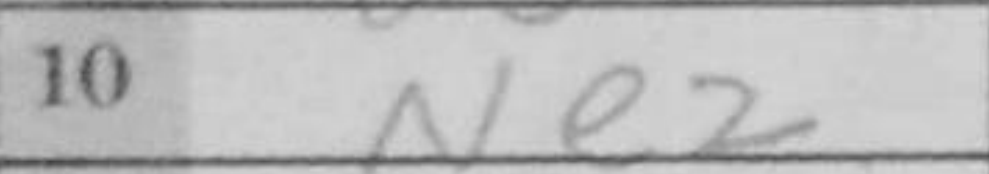
Transcription: Ne2